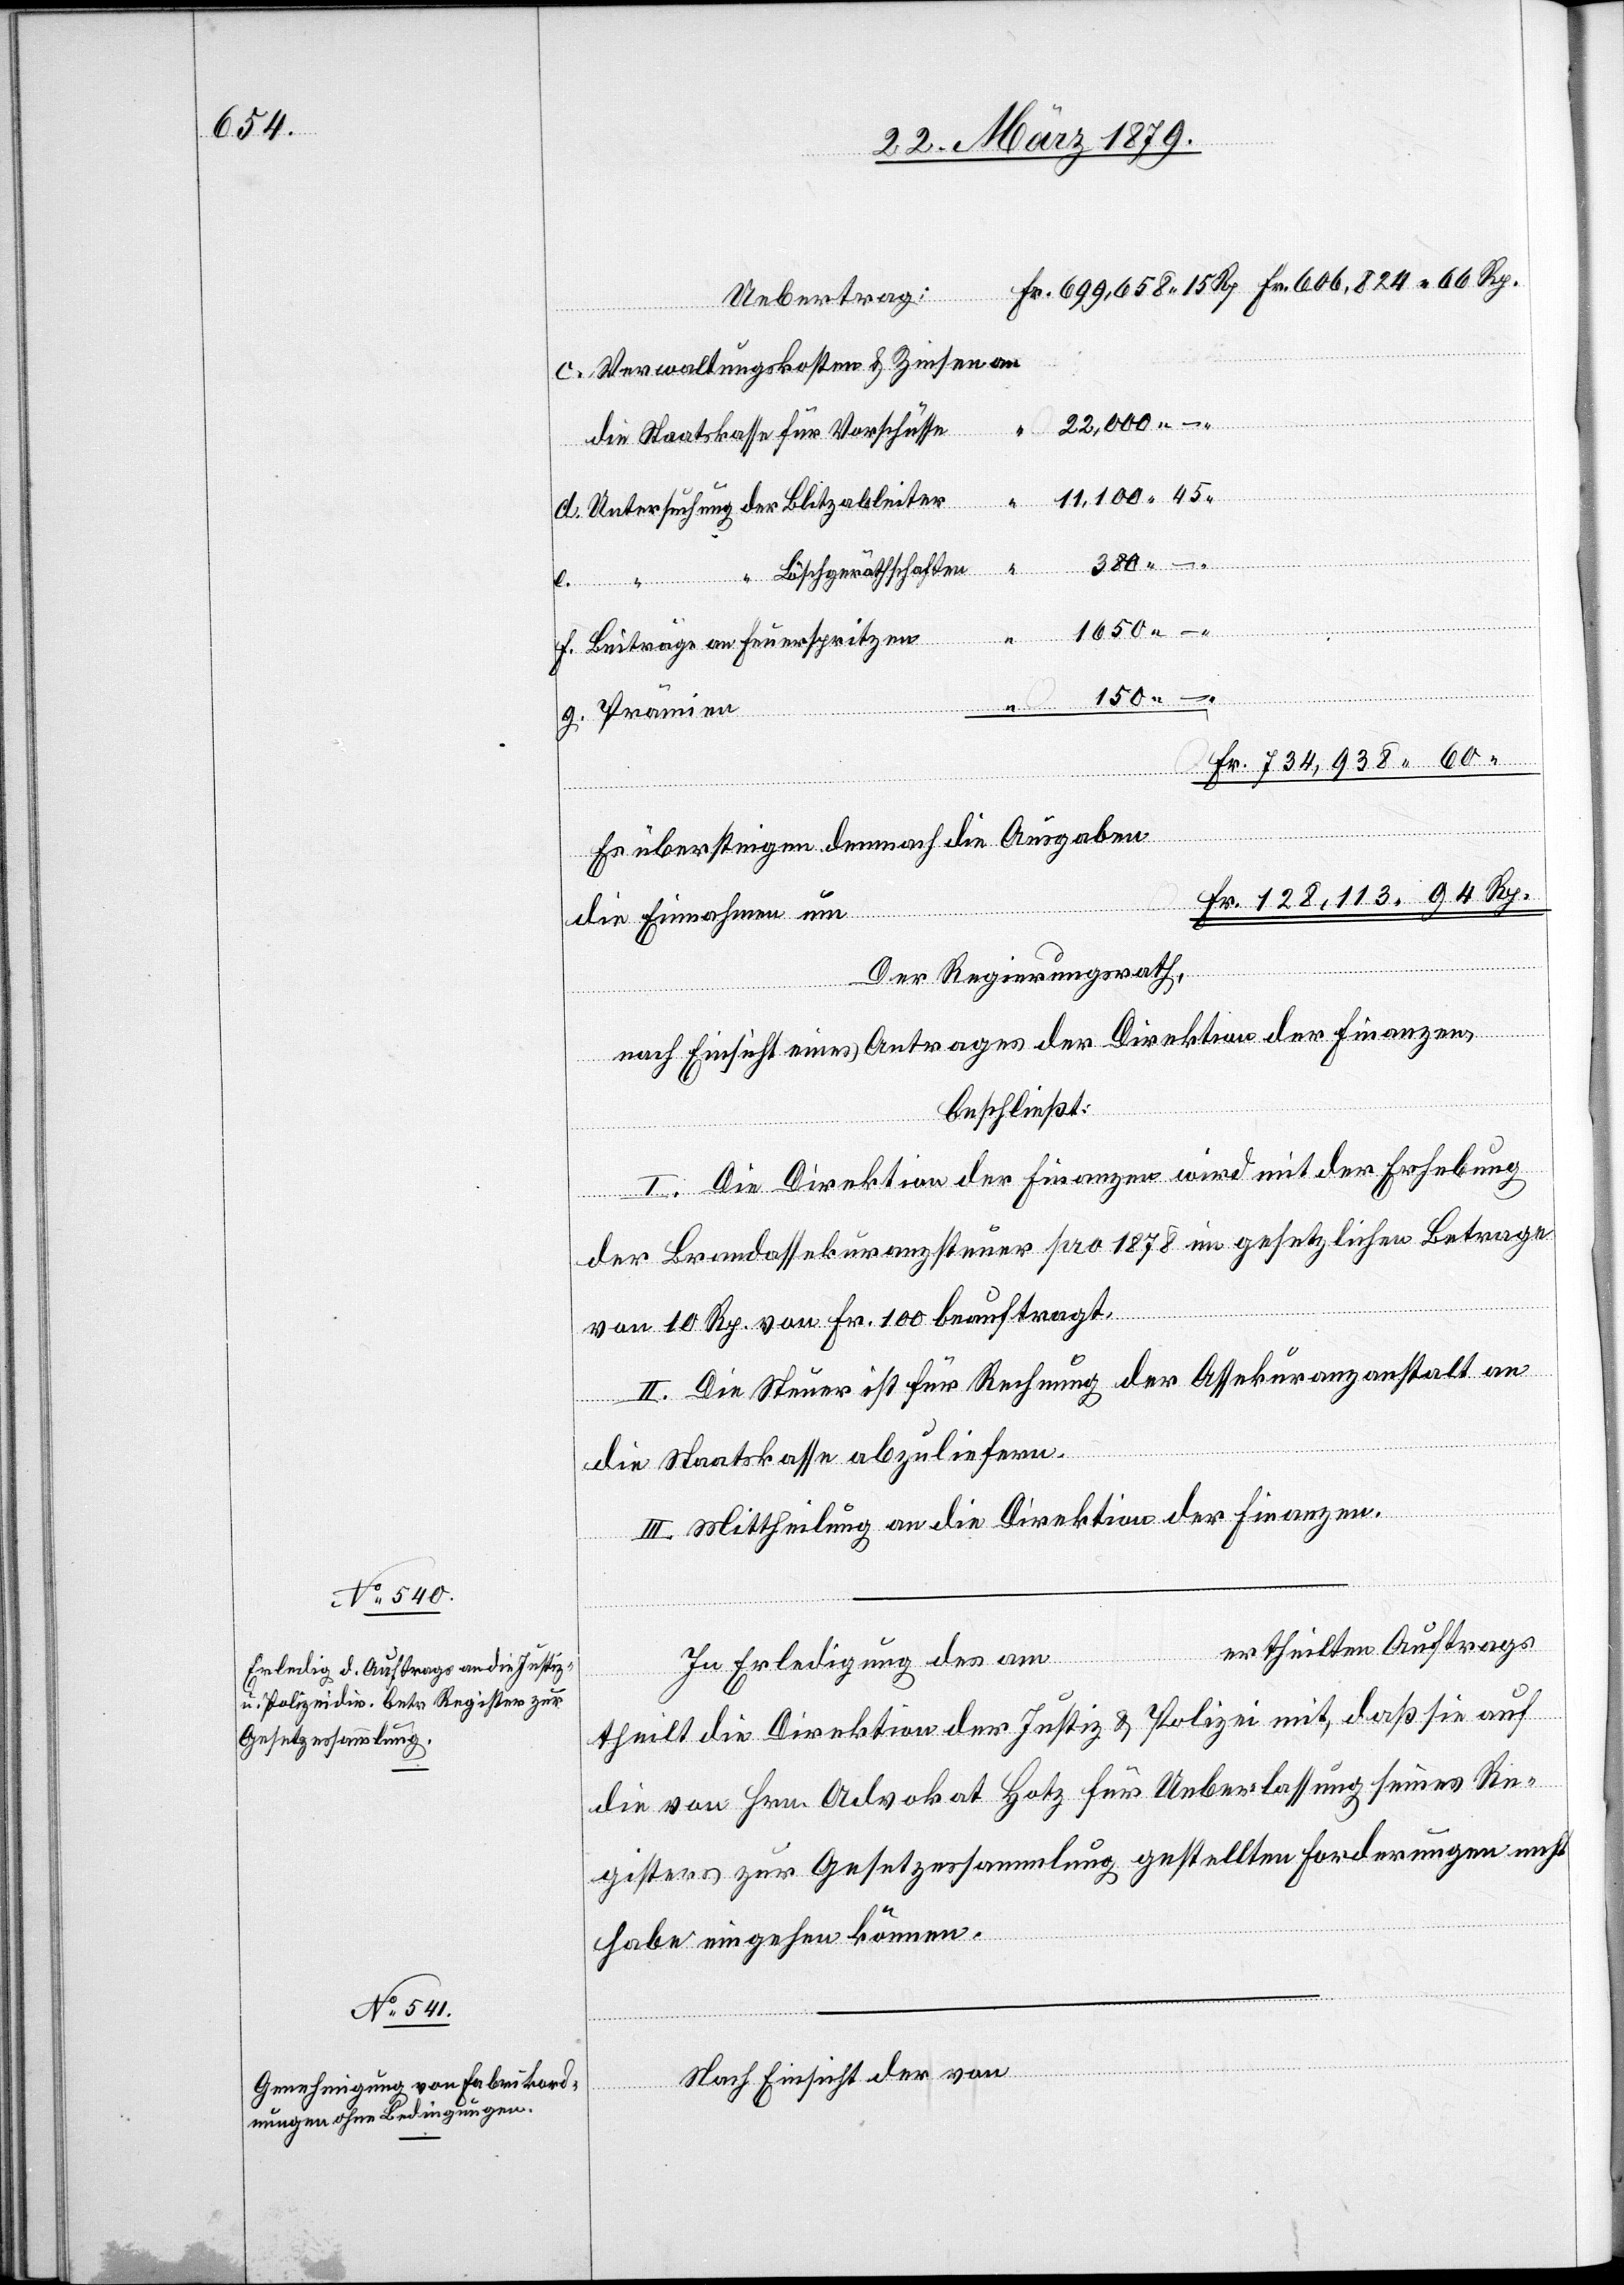
Uebertrag
c. Verwaltungskosten & Zinsen an
e.
die Staatskasse für Vorschüsse
–
d. Untersuchung der Blitzableiter
Rp.
380
Fr.
Löschgeräthschaften
f. Beiträge an Feuerspritzen
150
–
g. Prämien
Es übersteigen demnach die Ausgaben
die Einnahmen um
Der Regierungsrath,
nach Einsicht eines Antrages der Direktion der Finanzen,
beschließt:
I. Die Direktion der Finanzen wird mit der Erhebung
der Brandassekuranzsteuer pro 1878 im gesetzlichen Betrage
von 10 Rp. von Fr. 100 beauftragt.
II. Die Steuer ist für Rechnung der Assekuranzanstalt an
die Staatskasse abzuliefern.
III. Mittheilung an die Direktion der Finanzen.
ertheilten Auftrags
In Erledigung des am
theilt die Direktion der Justiz & Polizei mit, daß sie auf
die von Hrn. Advokat Hotz für Ueberlassung seines Re¬
gisters zur Gesetzessammlung gestellten Forderungen nicht
habe eingehen können.
Nach Einsicht der von
…